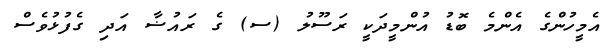
އެމީހުންގެ އެންމެ ބޮޑު އުންމީދަކީ ރަސޫލު (ސ) ގެ ރައުޟާ އަދި ގެފުޅުވެސް